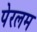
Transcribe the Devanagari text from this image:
पेरलम